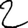
Digit: 2